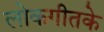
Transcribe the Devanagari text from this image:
लोकगीतके